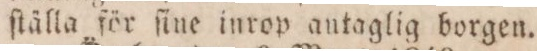
ſtälla för ſine inrop autaglig borgen.